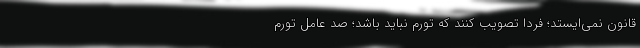
قانون نمی‌ایستد؛ فردا تصویب کنند که تورم نباید باشد؛ صد عامل تورم